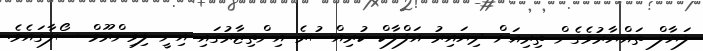
ލަޔާލް ތައްޔާރުވެގެން ތިރިއަށް ދިޔައިރު އަފްލާކް ކުރިއްސުރެ އިންތިޒާރުގައި އިނީ ލިވިންރޫމް ސޯފާގައެވެ.